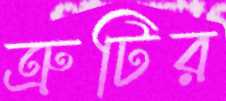
ত্রুটির